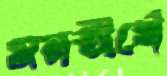
মনতীর্থে